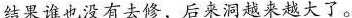
结果谁也没有去修，后来洞越来越大了。